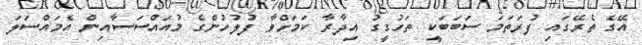
އޭގެ ތެރޭގައި ފުރަތަމަ ސަބަބަކީ ތަހުގީގު އިދާރާ ކަމަށްވާ ފުލުހުންގެ މުއައްސަސާއިން އެމައްސަލަ